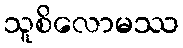
သူစိလောမဿ